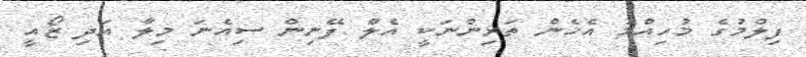
ފިލްމުގެ މުހިއްމު އެހެން ތަރިންނަކީ އެލް ފޭނިން ސިއެނަ މިލާ އަދި ޒޯއީ